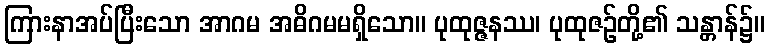
ကြားနာအပ်ပြီးသော အာဂမ အဓိဂမမရှိသော။ ပုထုဇ္ဇနဿ၊ ပုထုဇဉ်တို့၏ သန္တာန်၌။